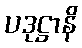
ပဒုဋ္ဌာနိ